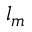
l _ { m }